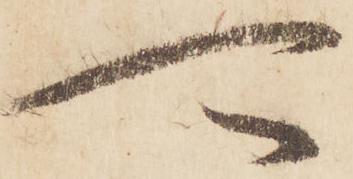
可